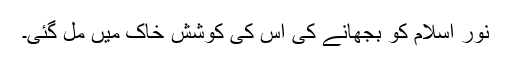
نورِ اسلام کو بجھانے کی اُس کی کوشش خاک میں مل گئی۔